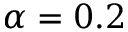
\alpha = 0 . 2